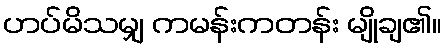
ဟပ်မိသမျှ ကမန်းကတန်း မျိုချ၏။